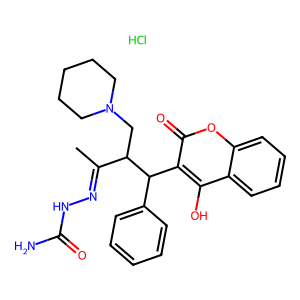
SMILES: CC(=NNC(N)=O)C(CN1CCCCC1)C(c1ccccc1)c1c(O)c2ccccc2oc1=O.Cl
Inhibits HIV replication: No